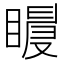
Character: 𥋀